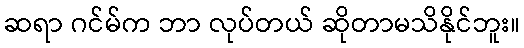
ဆရာ ဂင်မ်က ဘာ လုပ်တယ် ဆိုတာမသိနိုင်ဘူး။